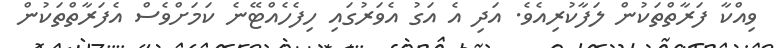
ވިއްކާ ފަރާތްތަކުން ލަފާކުރިއެވެ. އަދި އެ އަގު އެވަރުގައި ހިފެހެއްޓޭނެ ކަމަށްވެސް އެފަރާތްތަކުން